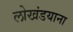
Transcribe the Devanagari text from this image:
लोखंडयाना